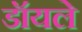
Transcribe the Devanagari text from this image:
डॉयले